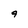
Character: 9